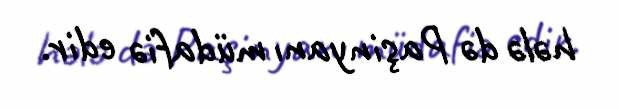
hələ də Paşinyanı müdafiə edir.